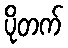
ပိုတက်